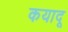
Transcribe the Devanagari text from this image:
कयादू